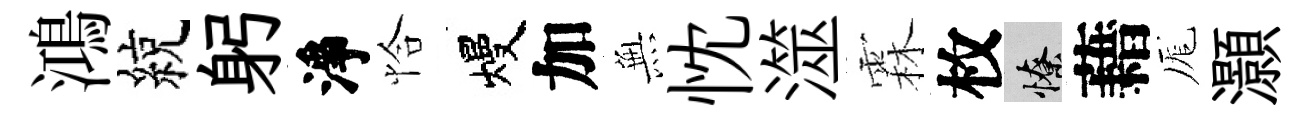
鴻綂躬淨恰熳加𭴾忱澨霖枚憭藉厖灝